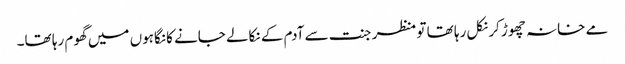
مے خانہ چھوڑ کر نکل رہا تھا تو منظر جنت سے آدم کے نکالے جانے کا نگاہوں میں گھوم رہا تھا۔